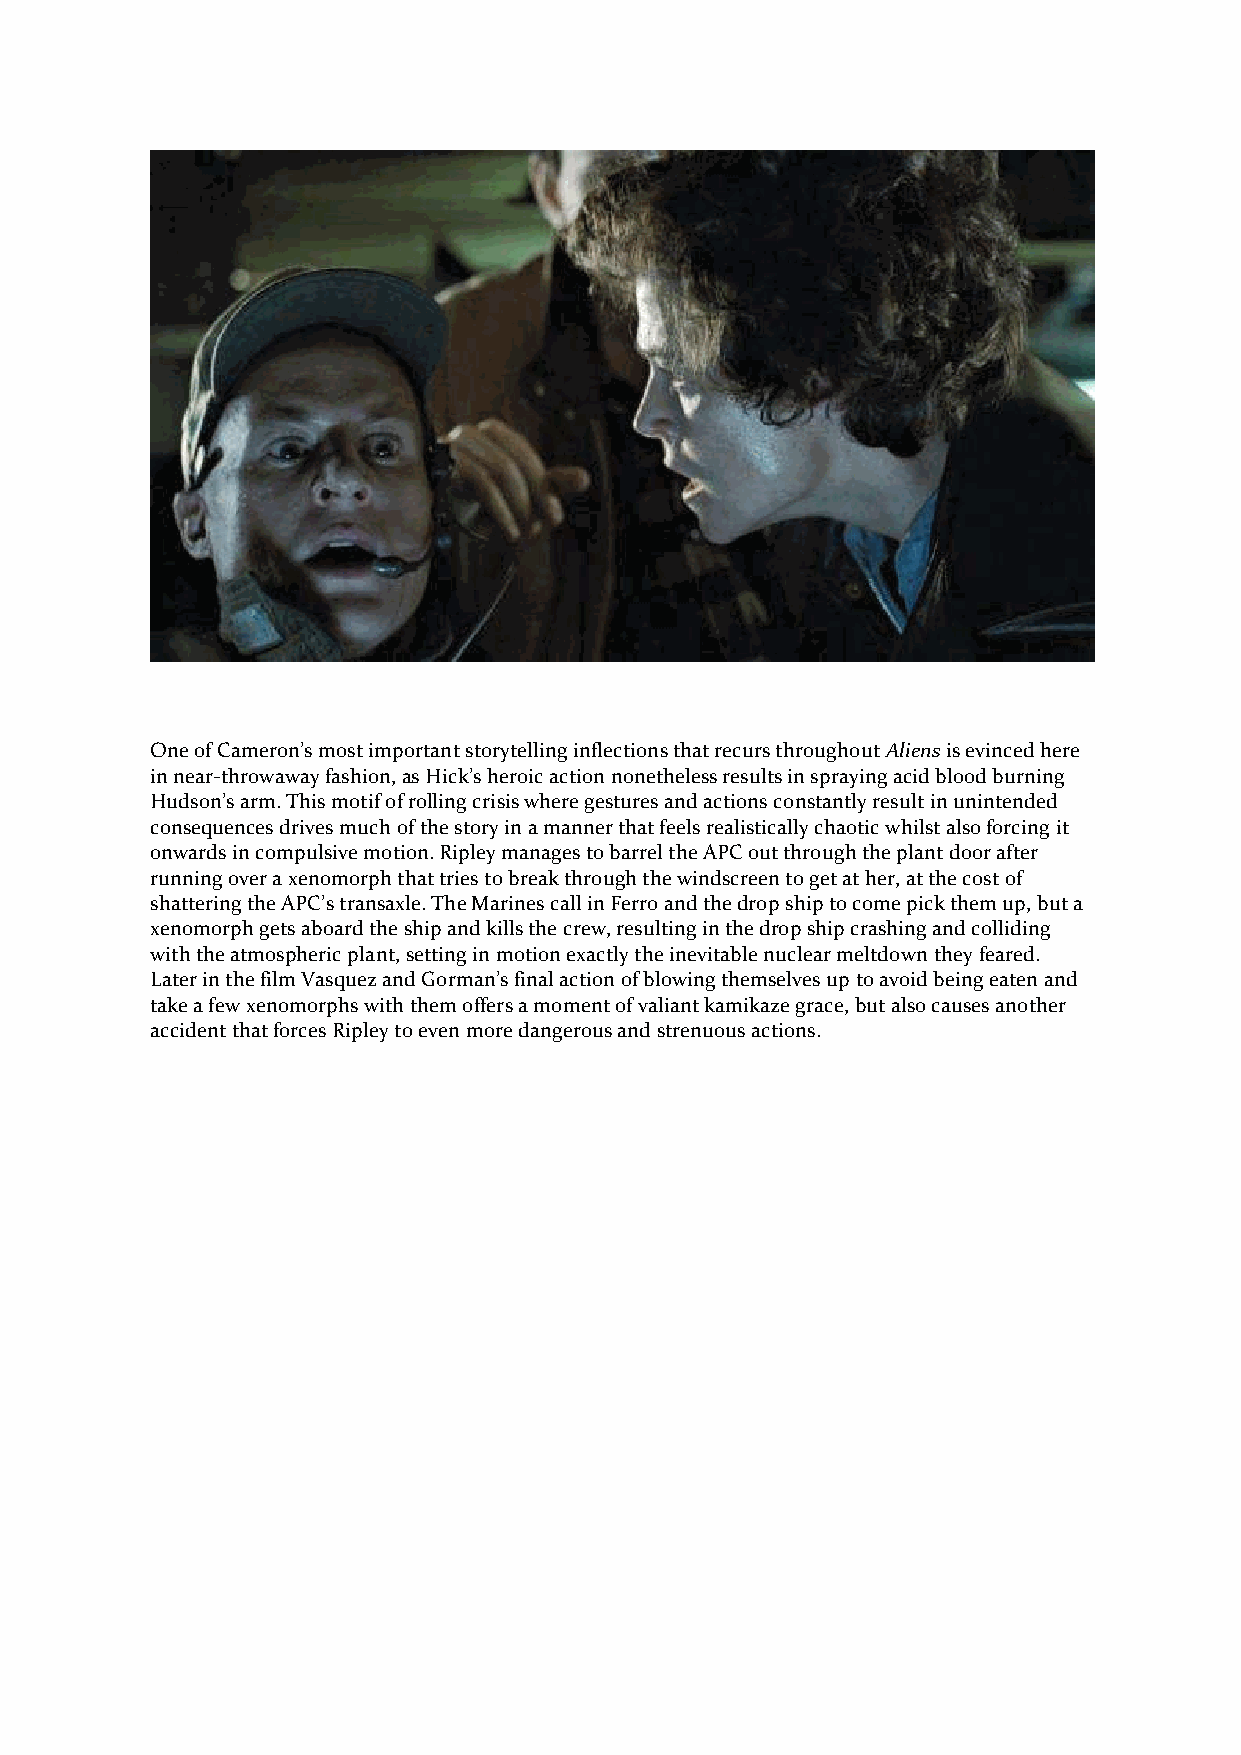
One of Cameron’s most important storytelling inflections that recurs throughout Aliens is evinced here
 in near-throwaway fashion, as Hick’s heroic action nonetheless results in spraying acid blood burning
 Hudson’s arm. This motif of rolling crisis where gestures and actions constantly result in unintended
 consequences drives much of the story in a manner that feels realistically chaotic whilst also forcing it
 onwards in compulsive motion. Ripley manages to barrel the APC out through the plant door after
 running over a xenomorph that tries to break through the windscreen to get at her, at the cost of
 shattering the APC’s transaxle. The Marines call in Ferro and the drop ship to come pick them up, but a
 xenomorph gets aboard the ship and kills the crew, resulting in the drop ship crashing and colliding
 with the atmospheric plant, setting in motion exactly the inevitable nuclear meltdown they feared.
 Later in the film Vasquez and Gorman’s final action of blowing themselves up to avoid being eaten and
 take a few xenomorphs with them offers a moment of valiant kamikaze grace, but also causes another
 accident that forces Ripley to even more dangerous and strenuous actions.